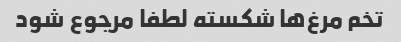
تخم مرغ‌ها شکسته لطفا مرجوع شود